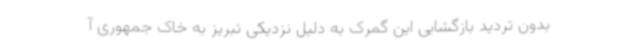
بدون تردید بازگشایی این گمرک به دلیل نزدیکی تبریز به خاک جمهوری آ